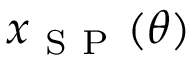
x _ { \mathrm { ~ S ~ P ~ } } ( \theta )